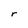
Character: r